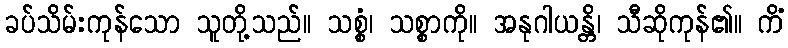
ခပ်သိမ်းကုန်သော သူတို့သည်။ သစ္စံ၊ သစ္စာကို။ အနုဂါယန္တိ၊ သီဆိုကုန်၏။ ကိံ